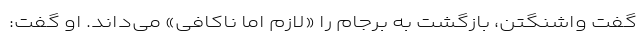
گفت واشنگتن، بازگشت به برجام را «لازم اما ناکافی» می‌داند. او گفت: